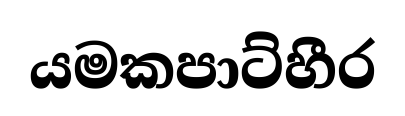
යමකපාට්හීර